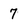
Character: 7